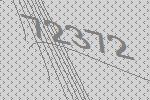
72372